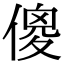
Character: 傻